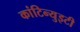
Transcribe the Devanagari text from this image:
कांटिन्युइटी